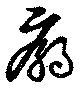
廟